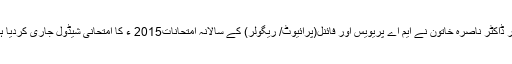
کراچی:(نیوزآن لائن)جامعہ کراچی کی قائم مقام ناظم امتحانات پروفیسر ڈاکٹر ناصرہ خاتون نے ایم اے پریویس اور فائنل(پرائیوٹ/ ریگولر) کے سالانہ امتحانات2015 ء کا امتحانی شیڈول جاری کردیا ہے جس کے مطابق امتحانات10 تا20 اگست 2016 ء منعقد ہونگے ۔